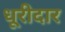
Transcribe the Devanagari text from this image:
धूरीदार